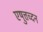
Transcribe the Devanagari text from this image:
एषुत्तच्दन